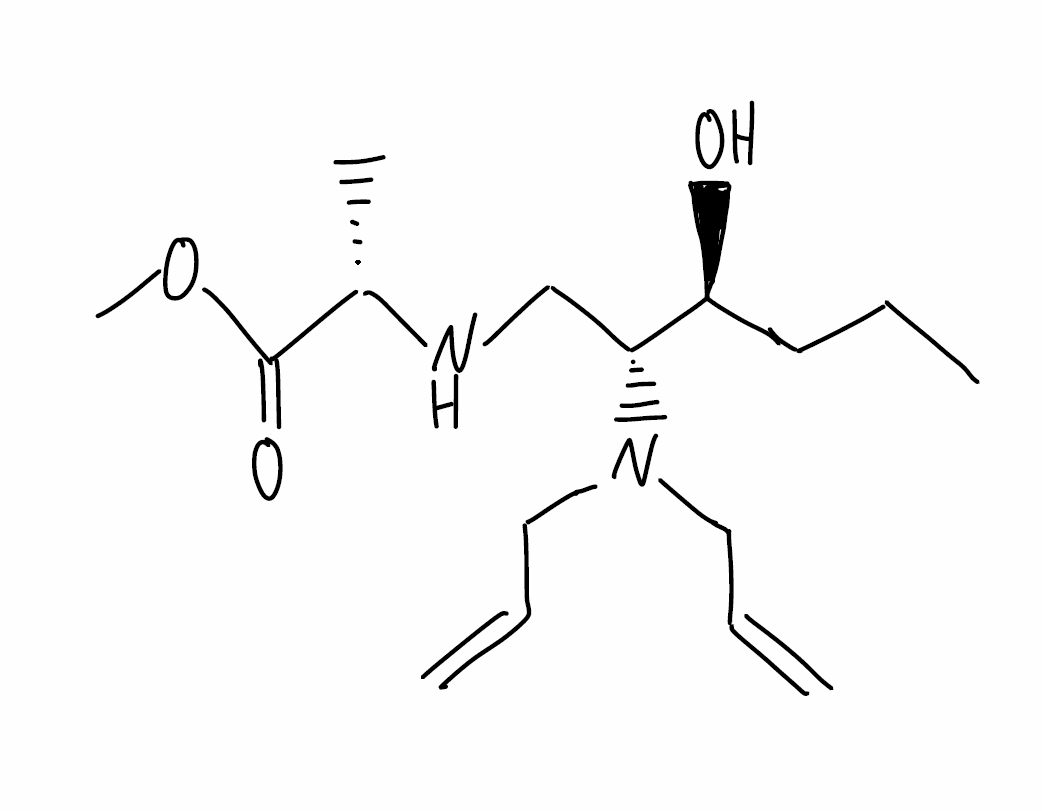
Simplified molecular-input line-entry system (SMILES) notation of the given molecule:
CCC[C@@H]([C@@H](CN[C@@H](C)C(=O)OC)N(CC=C)CC=C)O